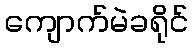
ကျောက်မဲခရိုင်